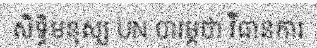
សិទ្ធិមនុស្ស UN បារម្ភថា វិធានការ